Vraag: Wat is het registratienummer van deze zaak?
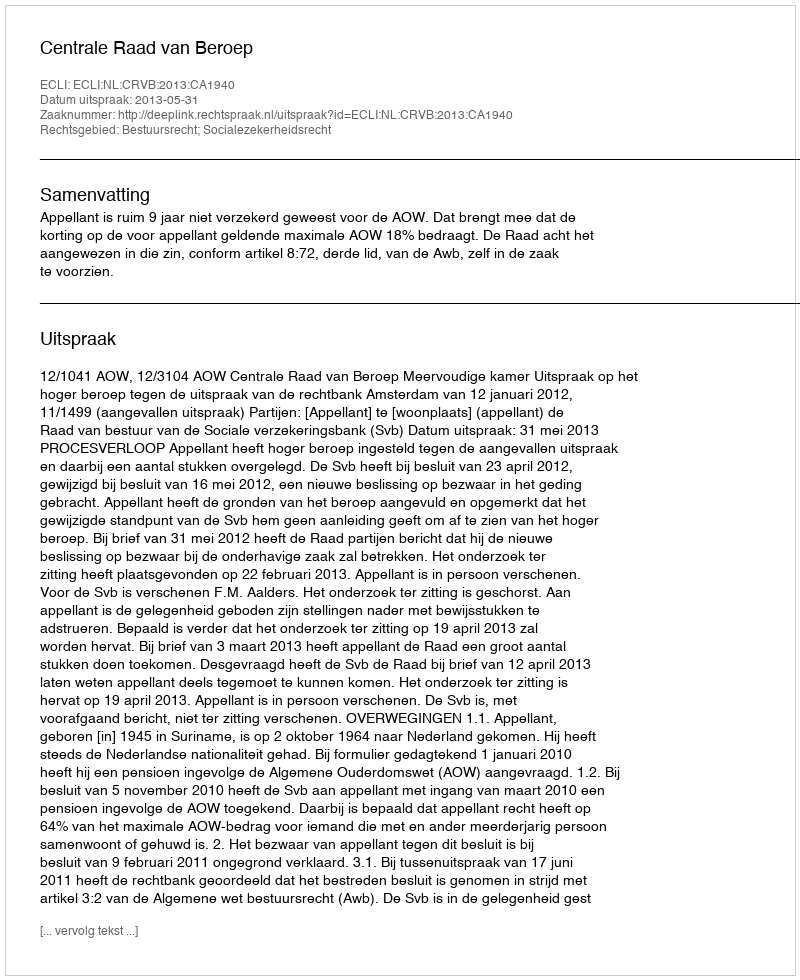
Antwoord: http://deeplink.rechtspraak.nl/uitspraak?id=ECLI:NL:CRVB:2013:CA1940